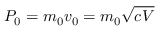
P _ { 0 } = m _ { 0 } v _ { 0 } = m _ { 0 } \sqrt { c V }